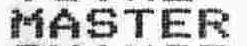
MASTER